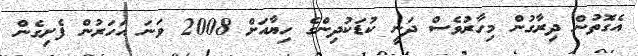
އެގޮތުން ދިރާގުން މިހާރުވެސް ދަނީ ކުޑަކުދިންގެ ހިޔާއަށް 2008 ވަނަ އަހަރުން ފެށިގެން